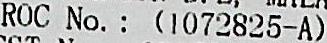
ROC NO. : (1072825-A)